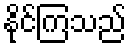
နိုင်ကြသည်